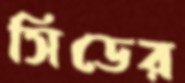
সিডের